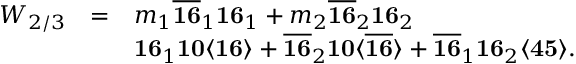
\begin{array} { c c l } { { W _ { 2 / 3 } } } & { { = } } & { { m _ { 1 } \overline { { { { \bf 1 6 } } } } _ { 1 } { \bf 1 6 } _ { 1 } + m _ { 2 } \overline { { { { \bf 1 6 } } } } _ { 2 } { \bf 1 6 } _ { 2 } } } \\ { { } } & { { } } & { { { \bf 1 6 } _ { 1 } { \bf 1 0 } \langle { \bf 1 6 } \rangle + \overline { { { { \bf 1 6 } } } } _ { 2 } { \bf 1 0 } \langle \overline { { { { \bf 1 6 } } } } \rangle + \overline { { { { \bf 1 6 } } } } _ { 1 } { \bf 1 6 } _ { 2 } \langle { \bf 4 5 } \rangle . } } \end{array}